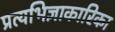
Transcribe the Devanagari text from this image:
प्रत्यभिज्ञाकारिका